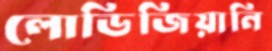
লোডিজিয়ানি